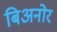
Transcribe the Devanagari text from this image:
बिअनोर